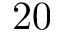
2 0